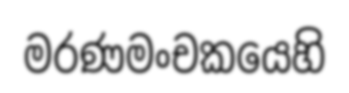
මරණමංචකයෙහි